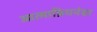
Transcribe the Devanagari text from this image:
आत्माप्रियनंदा